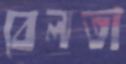
বেলতা